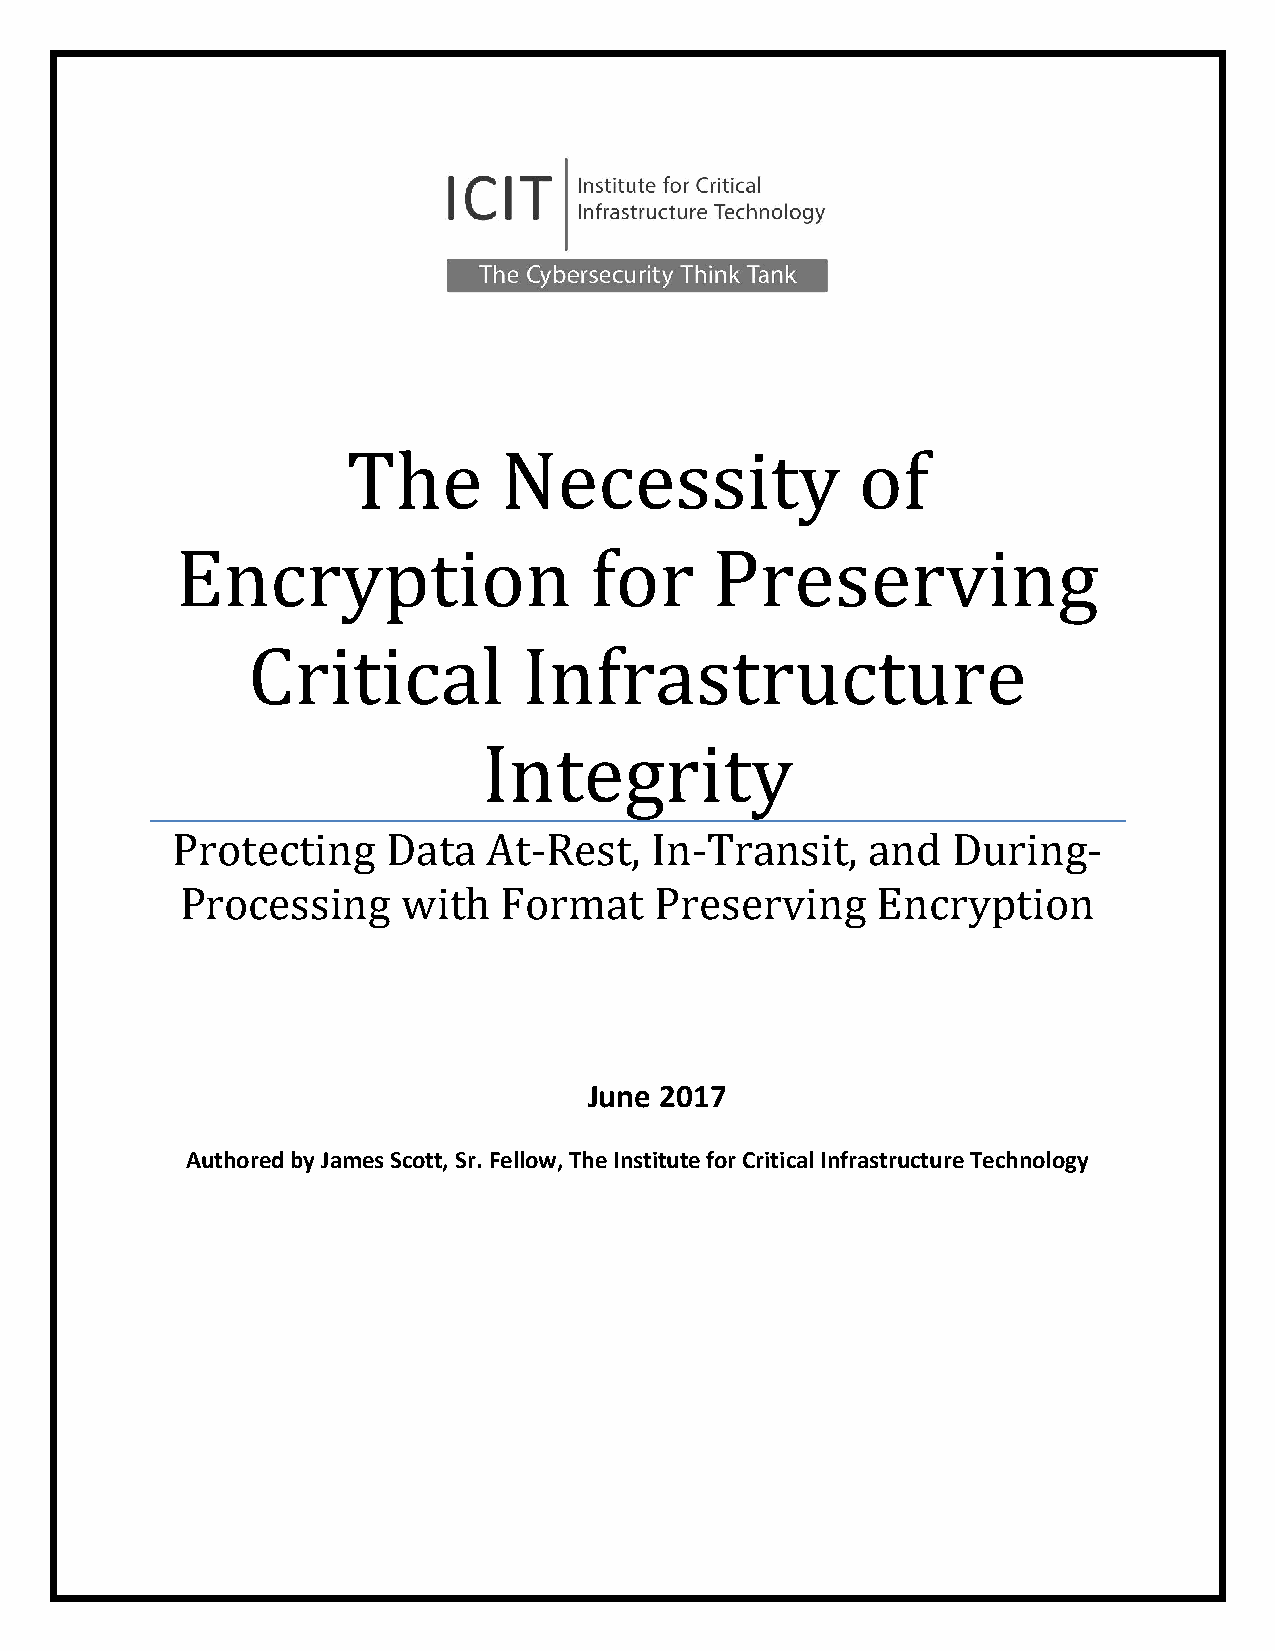
The       Necessity               of
 Encryption                 for     Preserving
 Critical           Infrastructure
 Integrity
 Protecting     Data  At-Rest,   In-Transit,    and  During-
 Processing     with  Format    Preserving     Encryption
 June 2017
 Authored by James Scott, Sr. Fellow, The Insti tute for Critical Infrastructure Technology
 Au